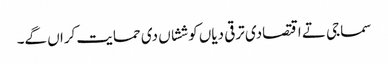
سماجی تے اقتصادی ترقی دیاں کوششاں دی حمایت کراں گے۔